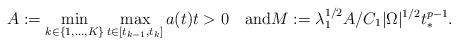
LaTeX: \begin{align*} A:=\min_{k\in\{1,\ldots,K\}}\max_{t\in [t_{k-1},t_k]}a(t)t>0\quad\textrm{and}M:=\lambda_{1}^{1/2}A/C_{1}|\Omega|^{1/2}t_{\ast}^{p-1}.\end{align*}